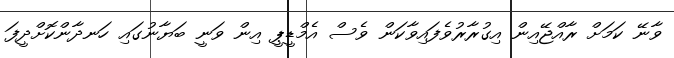
ވާނޭ ކަމަށް ރާއްޖޭއިން އިގުރާރުވެފައިވާކަން ވެސް އެމްޑީޕީ އިން ވަނީ ބަޔާނުގައި ހަނދާންކޮށްދީފަ